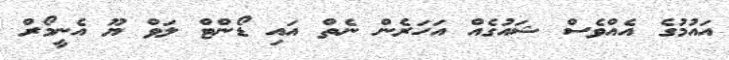
އައުމުގެ އެއްވެސް ޝައުގެއް އަހަރެން ނެތް އައި ޑޯންޓް ލަވް ޔޫ އެނީމޯރް